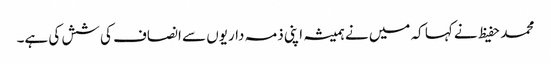
محمد حفیظ نے کہا کہ میں نے ہمیشہ اپنی ذمہ داریوں سے انصاف کی شش کی ہے۔